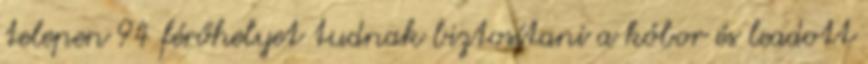
telepen 94 férőhelyet tudnak biztosítani a kóbor és leadott